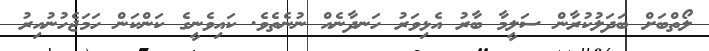
ލޯތްބަށް ބަދަލުކުރާން ސަލީމާ ބާރު އެޅިވަރު ހަނދާނެއް ނުނެތެވެ. ކައިވެނީގެ ކަންކަން ހަމަޖެހުނުއިރު